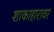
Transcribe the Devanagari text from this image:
शाकाहारावर